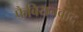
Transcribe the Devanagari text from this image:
फैबियनवाद